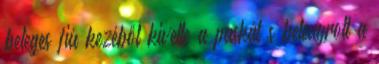
beteges fiú kezéből kivette a puskát s beleugrott a